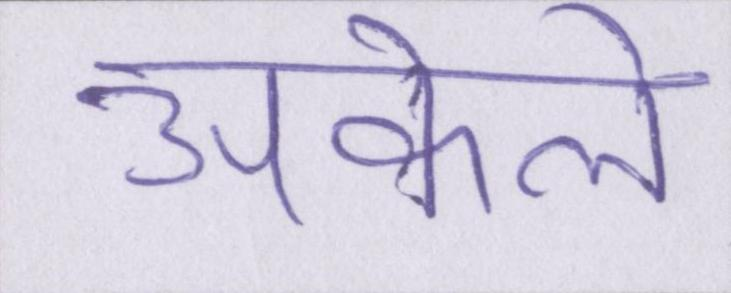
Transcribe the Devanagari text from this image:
अकेले